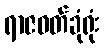
ရာဇဝတ်ခုံရုံး